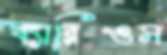
ব্যারিওস